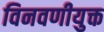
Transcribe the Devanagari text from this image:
विनवणीयुक्त